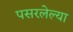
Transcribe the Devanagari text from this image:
पसरलेल्‍या